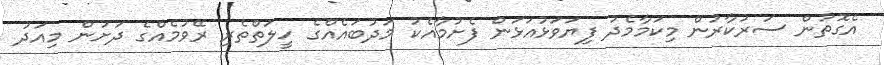
އެގޮތުން ސަރުކާރުން މިކަމާމެދު ފިޔަވަޅުއަޅަން ފެށުމާއެކު މަދުބައެއްގެ ހީލަތްތެރި ރޭވުމެއްގެ ދަށުން މިއަދު